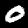
Digit: 0